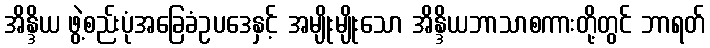
အိန္ဒိယ ဖွဲ့စည်းပုံအခြေခံဥပဒေနှင့် အမျိုးမျိုးသော အိန္ဒိယဘာသာစကားတို့တွင် ဘာရတ်